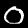
Label: 0